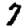
Digit: 7